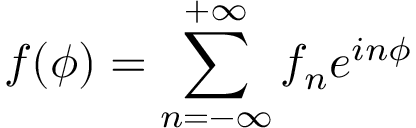
f ( \phi ) = \sum _ { n = - \infty } ^ { + \infty } f _ { n } e ^ { i n \phi }